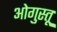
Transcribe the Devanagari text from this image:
ओगुस्तू